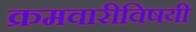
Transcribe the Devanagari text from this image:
क्रमवारीविषयी